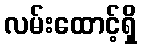
လမ်းထောင့်ရှိ